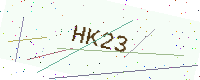
Text: HK23